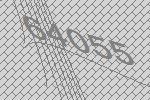
64055